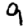
Digit: 9